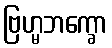
ဗြဟ္မဘက္ခော